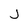
Character: j